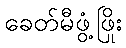
ခေတ်မီဖွံ့ဖြိုး